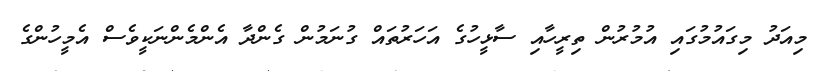
މިއަދު މިގައުމުގައި އުމުރުން ތިރީހާއި ސާޅީހުގެ އަހަރުތައް ގުނަމުން ގެންދާ އެންމެންނަކީވެސް އެމީހުންގެ